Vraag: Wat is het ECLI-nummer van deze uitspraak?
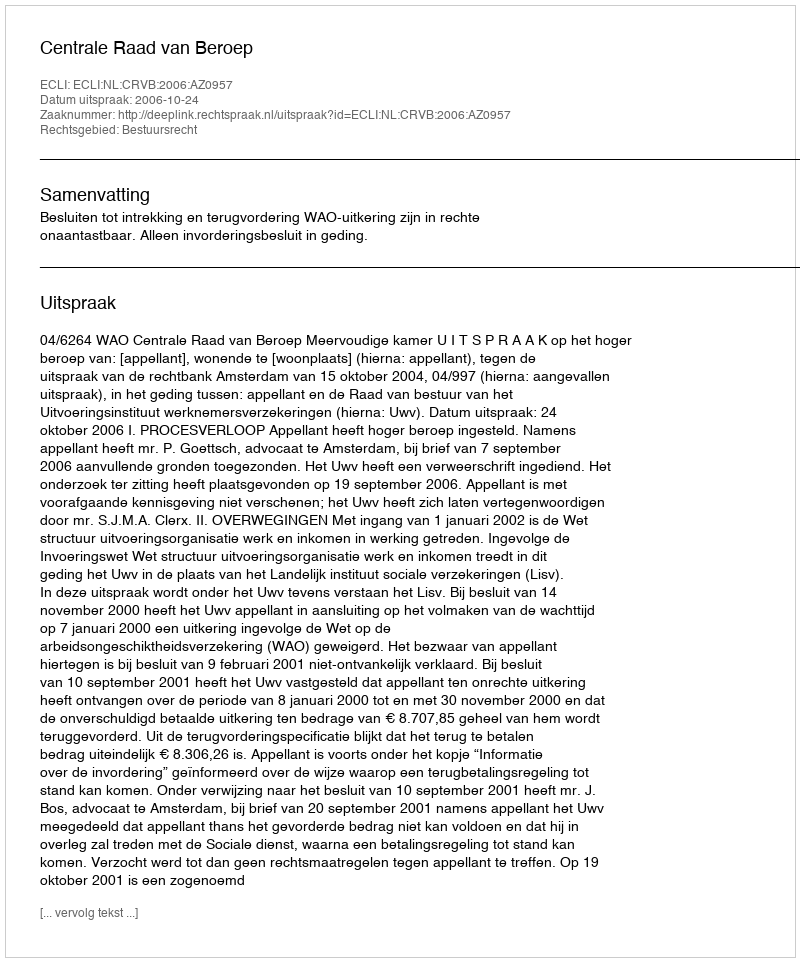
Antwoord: ECLI:NL:CRVB:2006:AZ0957